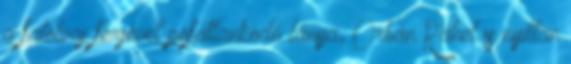
a fatolvaj férjével pofátlankodó lánya, Orbán Ráhel is nyíltan